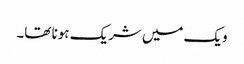
ویک میں شریک ہونا تھا۔